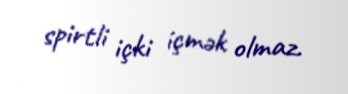
spirtli içki içmək olmaz.